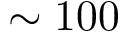
\sim 1 0 0